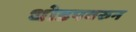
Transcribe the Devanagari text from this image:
धोडपवरुन